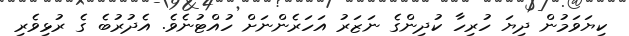
ކިޔަވަމުން ދިޔަ ހުރިހާ ކުދިންގެ ނަޒަރު އަހަރެންނަށް ހުއްޓުނެވެ. އެދުރުބެ ގެ ރުޅިވެރި